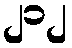
၂၁၂